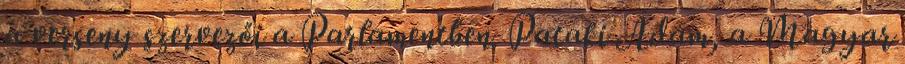
a verseny szervezői a Parlamentben. Pataki Ádám, a Magyar